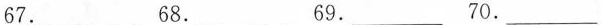
67.___ 68.___69.___70___.